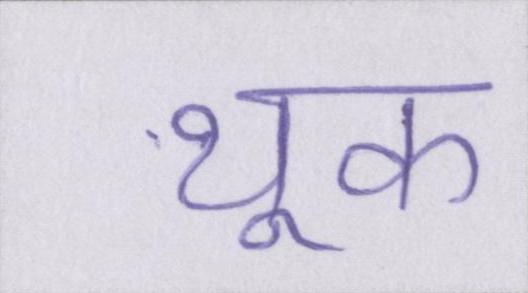
थूक